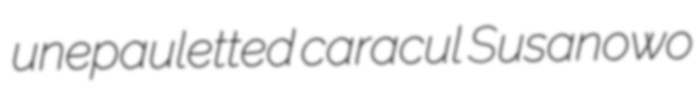
unepauletted caracul Susanowo